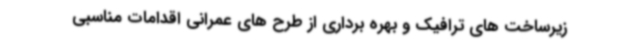
زیرساخت های ترافیک و بهره برداری از طرح های عمرانی اقدامات مناسبی